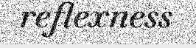
reflexness